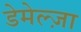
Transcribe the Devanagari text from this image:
डेमेल्ज़ा